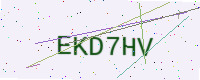
Text: EKD7HV